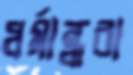
ধর্মান্ধরা